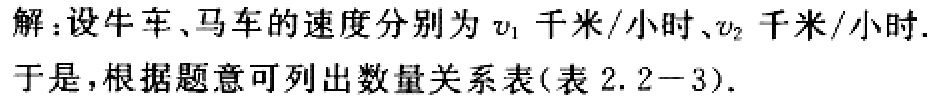
解：设牛车、马车的速度分别为\(v_{1}\)千米/小时、\(v_{2}\)千米/小时.

于是，根据题意可列出数量关系表(表 \(2.2 - 3\)).